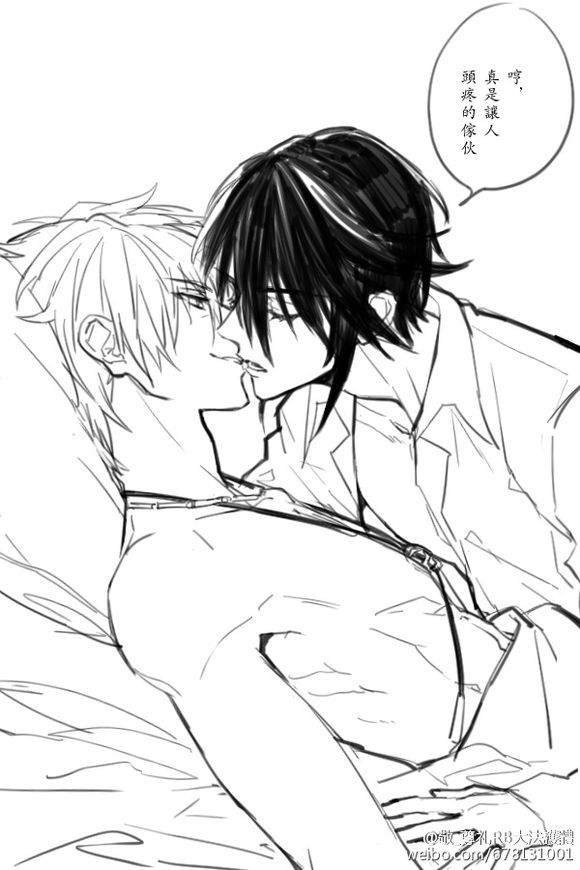
何意百炼刚，化为绕指柔。